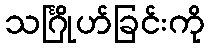
သင်္ဂြိုဟ်ခြင်းကို